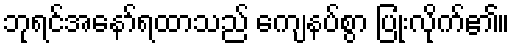
ဘုရင်အနော်ရထာသည် ကျေနပ်စွာ ပြုံးလိုက်၏။